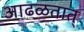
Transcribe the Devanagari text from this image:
आढळतात्